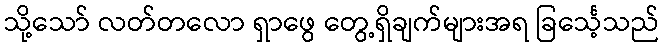
သို့သော် လတ်တလော ရှာဖွေ တွေ့ရှိချက်များအရ ခြင်္သေ့သည်